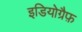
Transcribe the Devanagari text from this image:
इडियोग्रैफ़